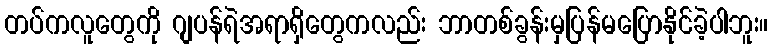
တပ်ကလူတွေကို ဂျပန်ရဲအရာရှိတွေကလည်း ဘာတစ်ခွန်းမှပြန်မပြောနိုင်ခဲ့ပါဘူး။